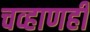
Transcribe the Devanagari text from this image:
चव्हाणही